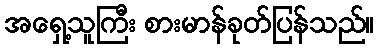
အရှေ့သူကြီး စားမာန်ခုတ်ပြန်သည်။